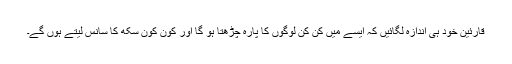
قارئین خود ہی اندازہ لگائیں کہ ایسے میں کن کن لوگوں کا پارہ چڑھتا ہو گا اور کون کون سُکھ کا سانس لیتے ہوں گے۔